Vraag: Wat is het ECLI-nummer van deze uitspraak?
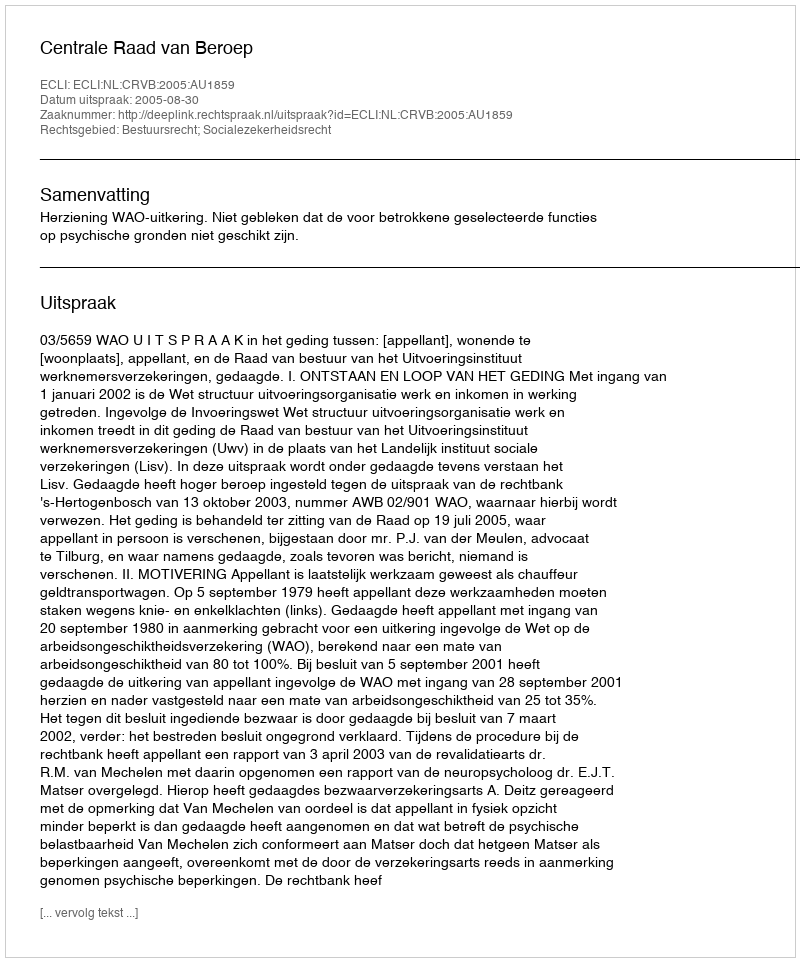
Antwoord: ECLI:NL:CRVB:2005:AU1859